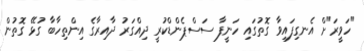
"ހަވީރަ"ށް އެނގިފައިވާ ގޮތުގައި ހަނީފާ ސަސްޕެންޑްކުރީ ދިއްގަރު ދާއިރާގެ އިންތިހާބާ ގުޅޭ ގޮތުން